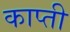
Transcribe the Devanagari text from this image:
काप्ती